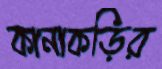
কানাকড়ির